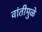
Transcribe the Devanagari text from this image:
वांतीमुळे